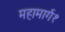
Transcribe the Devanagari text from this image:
महामार्ग१